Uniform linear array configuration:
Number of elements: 24
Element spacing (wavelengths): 0.75
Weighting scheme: hann
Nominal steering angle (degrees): -15
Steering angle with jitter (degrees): -15.958
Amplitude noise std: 0.05
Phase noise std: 0.05

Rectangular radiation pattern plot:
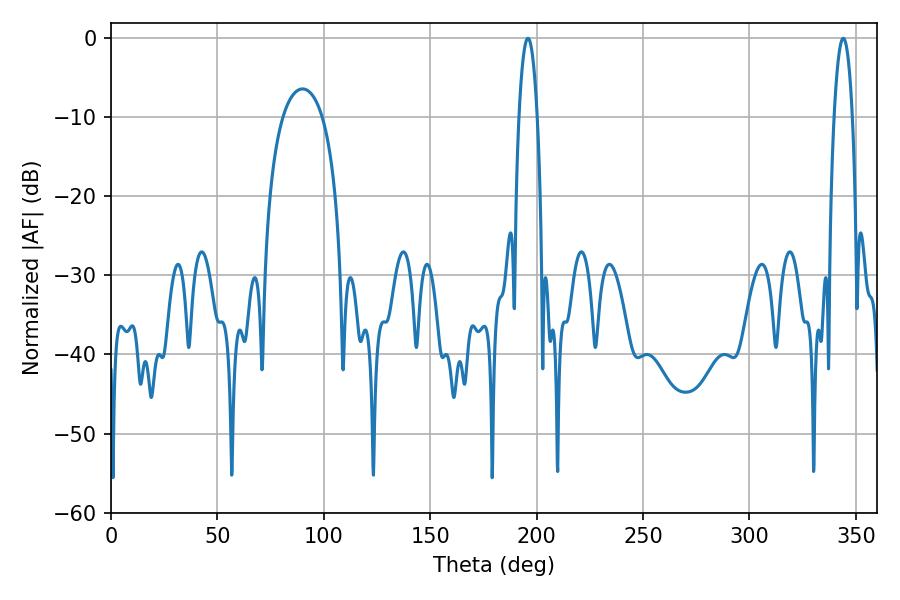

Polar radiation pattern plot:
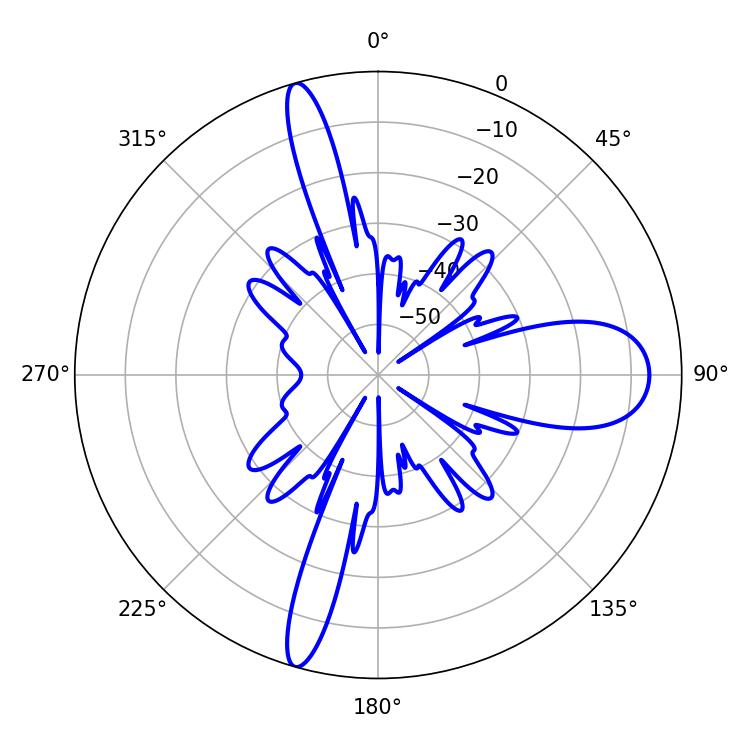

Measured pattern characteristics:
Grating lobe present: TRUE
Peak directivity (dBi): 20.186
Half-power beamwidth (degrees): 4.86
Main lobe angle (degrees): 344.16